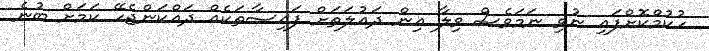
ހުކުމްކޮށްފައި ނުވި ނަމަވެސް ވިލާ އިން ދައުލަތަށް ފައިސާތަކެއް ދައްކަންޖެހޭ ކަމަށް ބުނެ